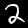
Label: 2